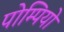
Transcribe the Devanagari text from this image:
पोम्पियो